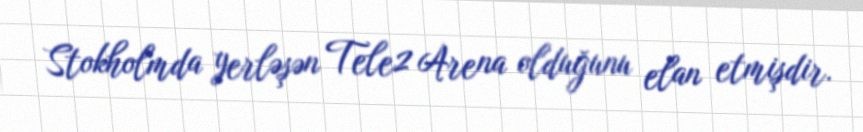
Stokholmda yerləşən Tele2 Arena olduğunu elan etmişdir.